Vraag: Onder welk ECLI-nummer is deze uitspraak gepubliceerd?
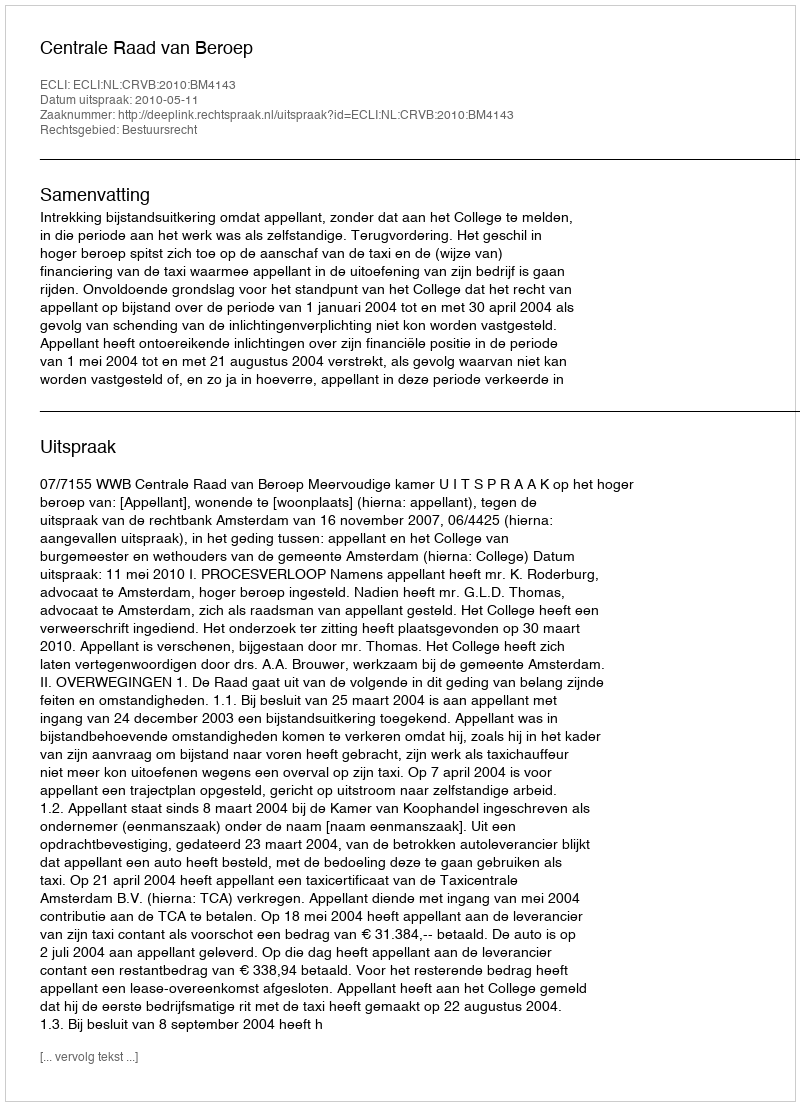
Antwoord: ECLI:NL:CRVB:2010:BM4143